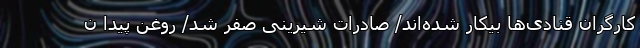
کارگران قنادی‌ها بیکار شده‌اند/ صادرات شیرینی صفر شد/ روغن پیدا ن